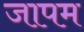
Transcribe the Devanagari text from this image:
जापम